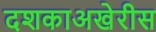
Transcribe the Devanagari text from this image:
दशकाअखेरीस